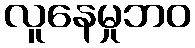
လူနေမှုဘဝ